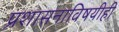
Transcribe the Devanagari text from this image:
प्रशासनाविषयीही